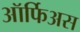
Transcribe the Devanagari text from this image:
ऑर्फिअस